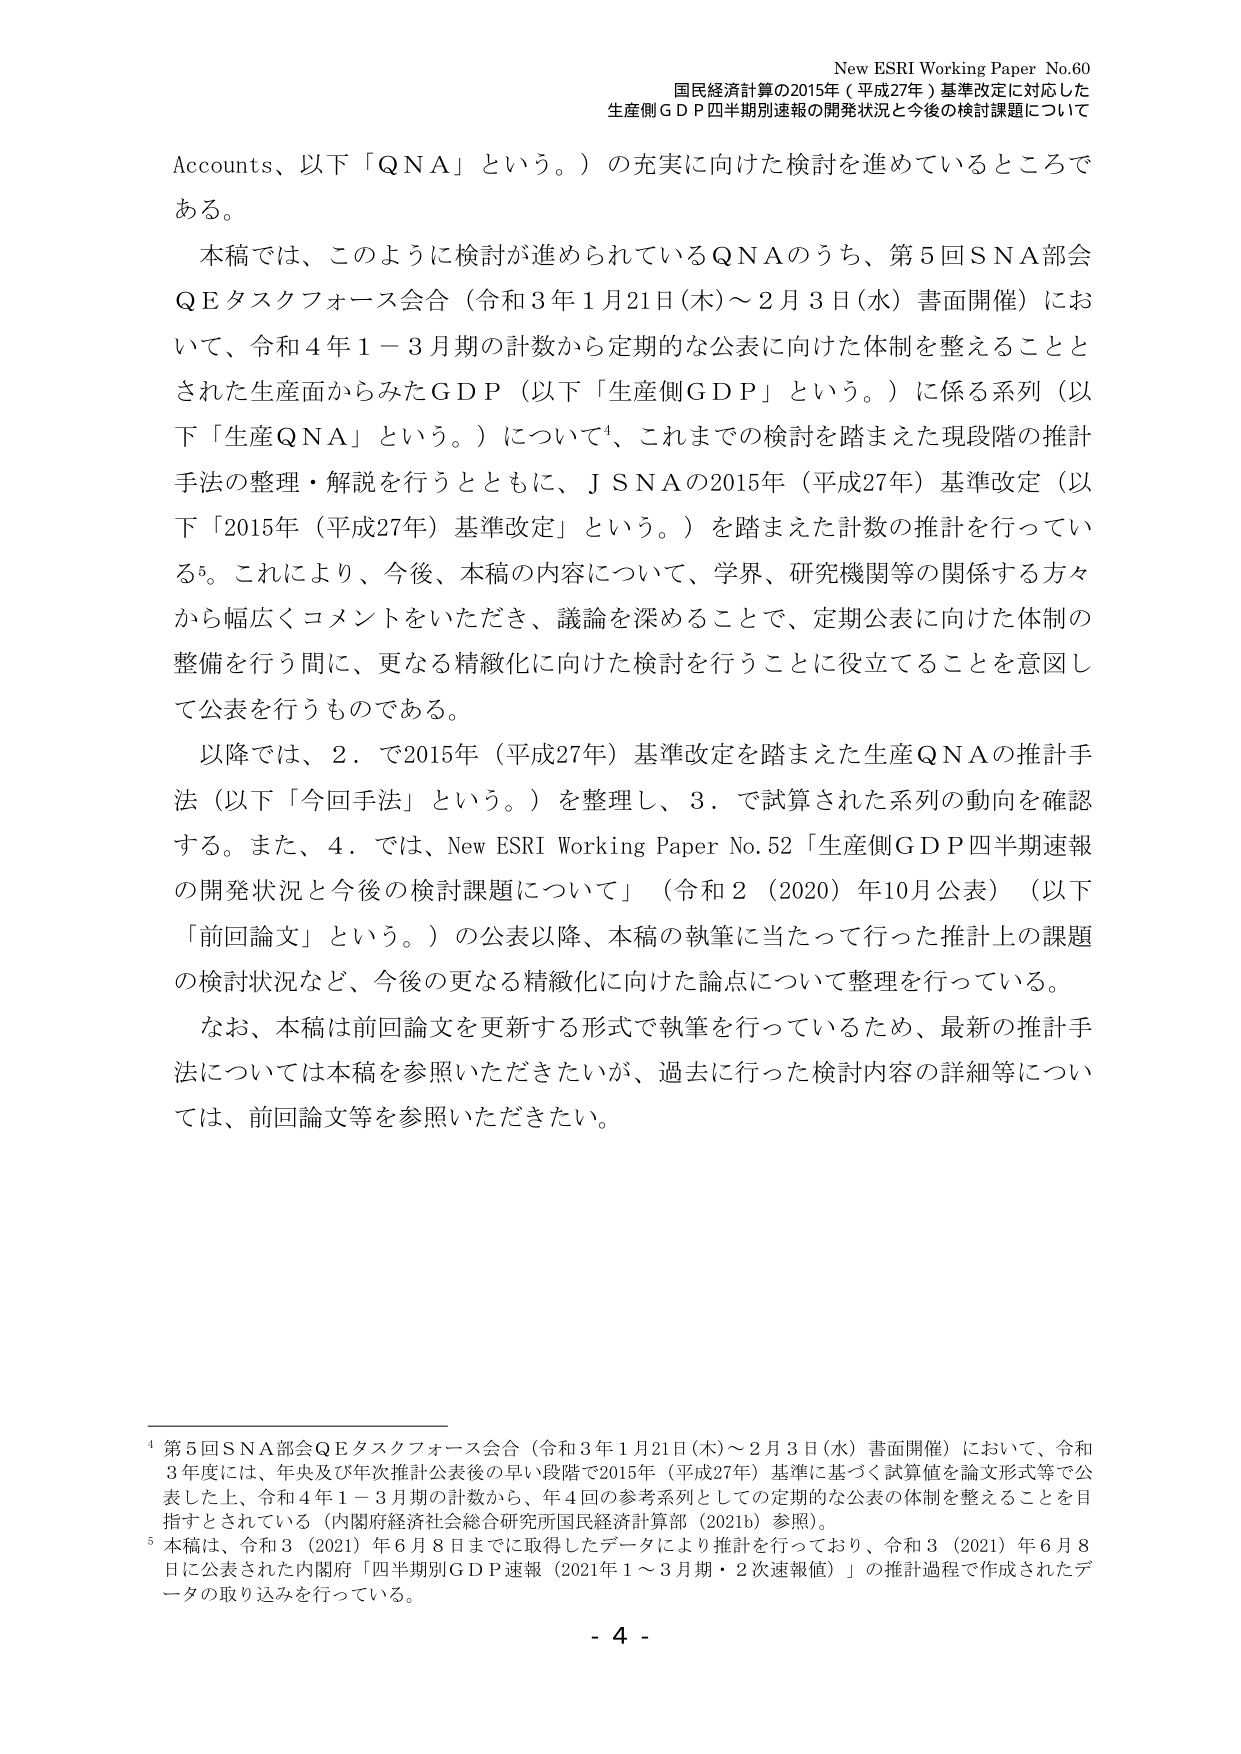
New ESRI Working Paper No.60
国民経済計算の2015年（平成27年）基準改定に対応した
生産側ＧＤＰ四半期別速報の開発状況と今後の検討課題について

Accounts、以下「QNA」という。）の充実に向けた検討を進めているところである。

本稿では、このように検討が進められているQNAのうち、第5回SNA部会QEタスクフォース会合（令和3年1月21日（木）～2月3日（水）書面開催）において、令和4年1－3月期の計数から定期的な公表に向けた体制を整えることとされた生産面からみたGDP（以下「生産側GDP」という。）に係る系列（以下「生産QNA」という。）について⁴、これまでの検討を踏まえた現段階の推計手法の整理・解説を行うとともに、JSNAの2015年（平成27年）基準改定（以下「2015年（平成27年）基準改定」という。）を踏まえた計数の推計を行っている⁵。これにより、今後、本稿の内容について、学界、研究機関等の関係する方々から幅広くコメントをいただき、議論を深めることで、定期公表に向けた体制の整備を行う間に、更なる精緻化に向けた検討を行うことに役立てることを意図して公表を行うものである。

以降では、2．で2015年（平成27年）基準改定を踏まえた生産QNAの推計手法（以下「今回手法」という。）を整理し、3．で試算された系列の動向を確認する。また、4．では、New ESRI Working Paper No.52「生産側GDP四半期速報の開発状況と今後の検討課題について」（令和2（2020）年10月公表）（以下「前回論文」という。）の公表以降、本稿の執筆に当たって行った推計上の課題の検討状況など、今後の更なる精緻化に向けた論点について整理を行っている。

なお、本稿は前回論文を更新する形式で執筆を行っているため、最新の推計手法については本稿を参照いただきたいが、過去に行った検討内容の詳細等については、前回論文等を参照いただきたい。

⁴ 第5回SNA部会QEタスクフォース会合（令和3年1月21日（木）～2月3日（水）書面開催）において、令和3年度には、年央及び年次推計公表後の早い段階で2015年（平成27年）基準に基づく試算値を論文形式等で公表した上、令和4年1－3月期の計数から、年4回の参考系列としての定期的な公表の体制を整えることを目指すとされている（内閣府経済社会総合研究所国民経済計算部（2021b）参照）。

⁵ 本稿は、令和3（2021）年6月8日までに取得したデータにより推計を行っており、令和3（2021）年6月8日に公表された内閣府「四半期別GDP速報（2021年1～3月期・2次速報値）」の推計過程で作成されたデータの取り込みを行っている。

- 4 -